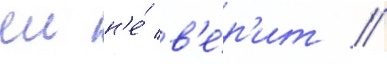
еи н'е́ в'е́р'ит //